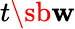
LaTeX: t\sb\mathbf{w}